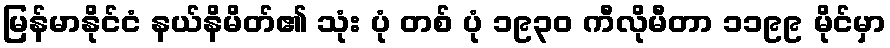
မြန်မာနိုင်ငံ နယ်နိမိတ်၏ သုံး ပုံ တစ် ပုံ ၁၉၃၀ ကီလိုမီတာ ၁၁၉၉ မိုင်မှာ